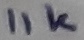
Text: 11K